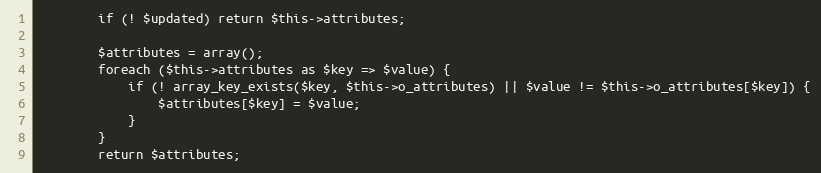
Language: PHP
        if (! $updated) return $this->attributes;

        $attributes = array();
        foreach ($this->attributes as $key => $value) {
            if (! array_key_exists($key, $this->o_attributes) || $value != $this->o_attributes[$key]) {
                $attributes[$key] = $value;
            }
        }
        return $attributes;